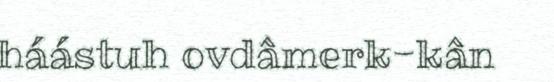
háástuh ovdâmerk-kân